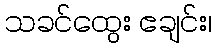
သခင်ထွေး ဧချင်း၊